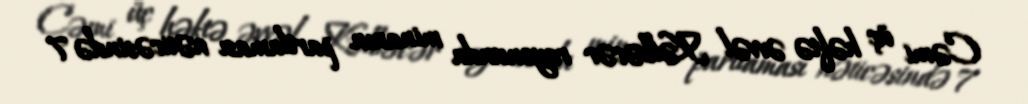
Cəmi üç həftə əvvəl Kəlbəcər rayonunda minanın partlaması nəticəsində 7